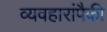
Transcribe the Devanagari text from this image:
व्यवहारांपैकी